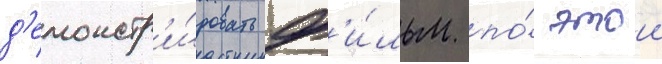
д'емонстр'и́ровать ф'и́льм по́ этои